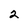
Character: 2